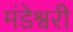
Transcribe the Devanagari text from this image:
मंडेश्वरी